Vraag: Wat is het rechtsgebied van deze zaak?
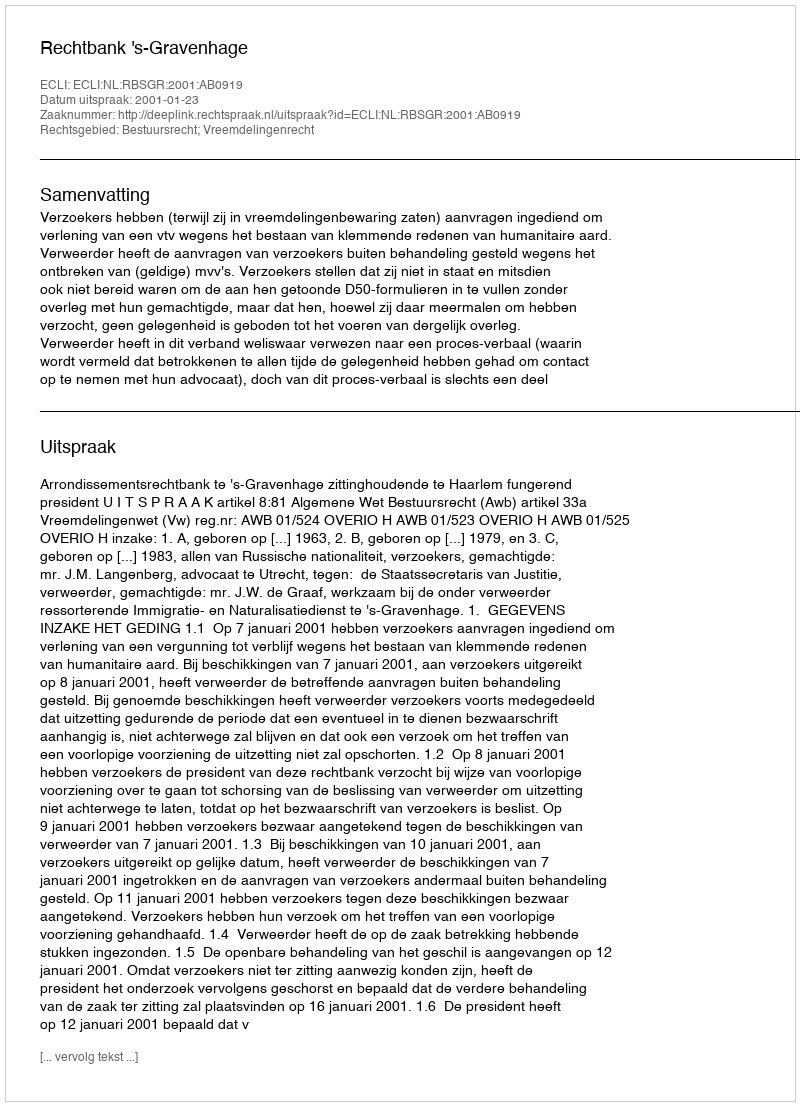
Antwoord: Bestuursrecht; Vreemdelingenrecht